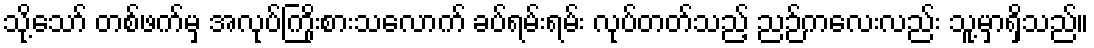
သို့သော် တစ်ဖက်မှ အလုပ်ကြိုးစားသလောက် ခပ်ရမ်းရမ်း လုပ်တတ်သည့် ညဉ်ကလေးလည်း သူ့မှာရှိသည်။